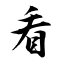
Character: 看